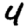
Digit: 4